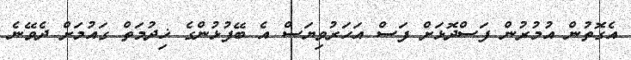
އެގޮތުން އުމުރުން ފަސްދޮޅަށް ފަސް އަހަރުވިޔަސް އެ ބޭފުޅުންގެ ޚިދުމަތް ގައުމަށް ދެވޭނެ